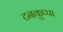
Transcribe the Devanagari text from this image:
टनकुप्पा